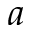
a